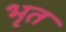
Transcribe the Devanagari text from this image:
भृत